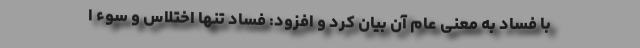
با فساد به معنی عام آن بیان کرد و افزود: فساد تنها اختلاس و سوء ا